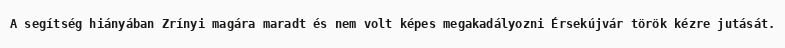
A segítség hiányában Zrínyi magára maradt és nem volt képes megakadályozni Érsekújvár török kézre jutását.